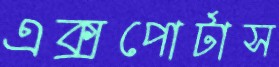
এক্সপোর্টাস